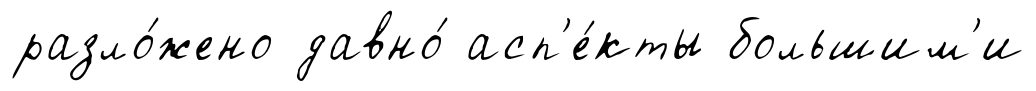
разло́жено давно́ асп'е́кты большим'и